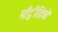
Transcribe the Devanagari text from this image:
माँट्वीडियो